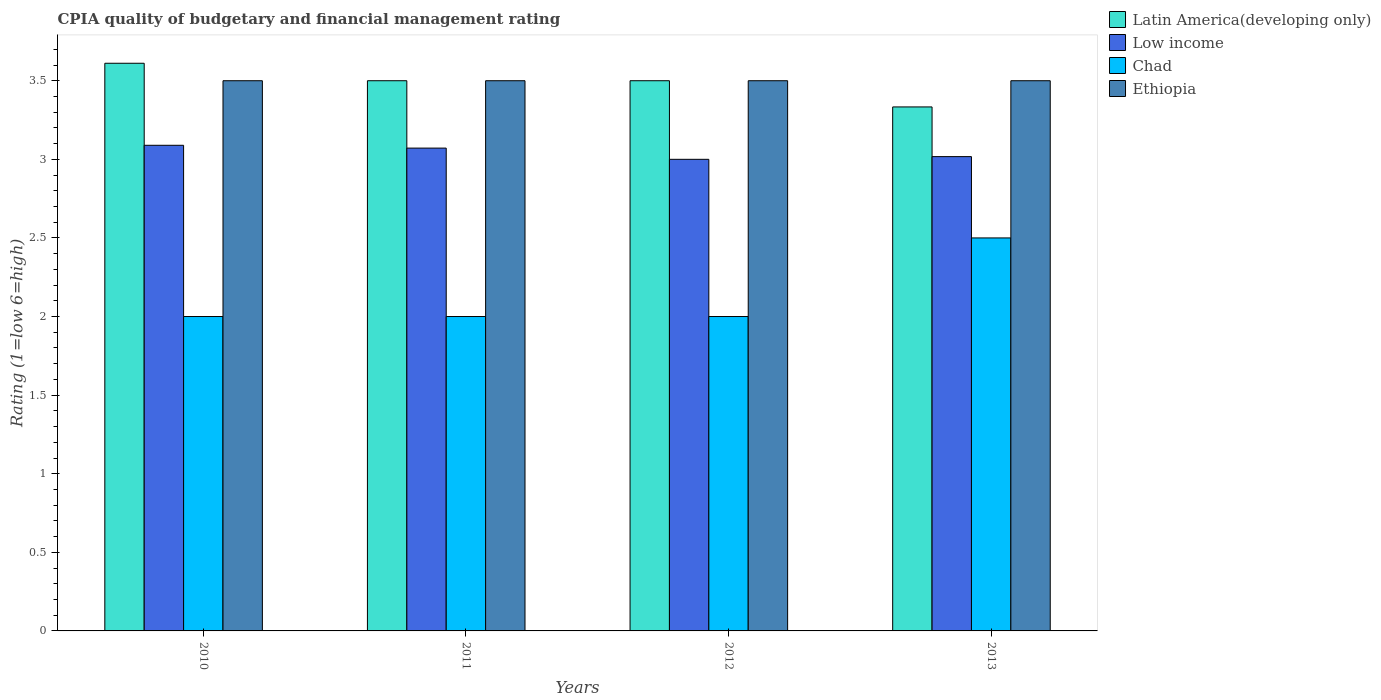
| Years | Latin America(developing only) | Low income | Chad | Ethiopia |
 | --- | --- | --- | --- | --- |
 | 2010 | 3.61 | 3.09 | 2 | 3.5 |
 | 2011 | 3.5 | 3.07 | 2 | 3.5 |
 | 2012 | 3.5 | 3 | 2 | 3.5 |
 | 2013 | 3.33 | 3.02 | 2.5 | 3.5 |